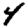
Digit: 4